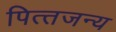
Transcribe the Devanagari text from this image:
पित्‍तजन्‍य